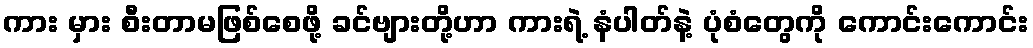
ကား မှား စီးတာမဖြစ်စေဖို့ ခင်ဗျားတို့ဟာ ကားရဲ့ နံပါတ်နဲ့ ပုံစံတွေကို ကောင်းကောင်း